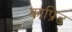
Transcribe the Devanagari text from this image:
काप्रिड